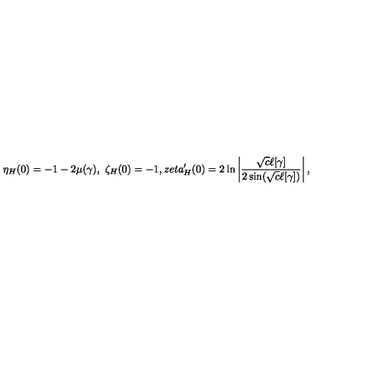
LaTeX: \eta _ { H } ( 0 ) = - 1 - 2 \mu ( \gamma ) , \ \zeta _ { H } ( 0 ) = - 1 , z e t a _ { H } ^ { \prime } ( 0 ) = 2 \ln \left| \frac { \sqrt { c } \ell [ \gamma ] } { 2 \sin ( \sqrt { c } \ell [ \gamma ] ) } \right| ,